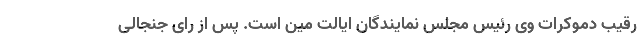
رقیب دموکرات وی رئیس مجلس نمایندگان ایالت مین است. پس از رای جنجالی